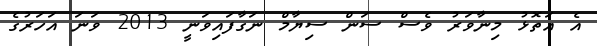
އެ އަތޮޅު މިނާވަރު ވެސް ސަން ސިޔާމް ނަގާފައިވަނީ 2013 ވަނަ އަހަރުގެ